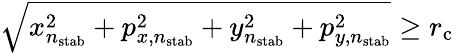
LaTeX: \sqrt{x_{n_{\mathrm{stab}}}^{2}+p_{x,n_{\mathrm{stab}}}^{2}+y_{n_{\mathrm{stab}}}^{2}+p_{y,n_{\mathrm{stab}}}^{2}}\geq r_{\mathrm{c}}